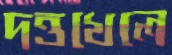
দত্তখেলে